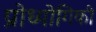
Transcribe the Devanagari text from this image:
प्रोध्योगिकी